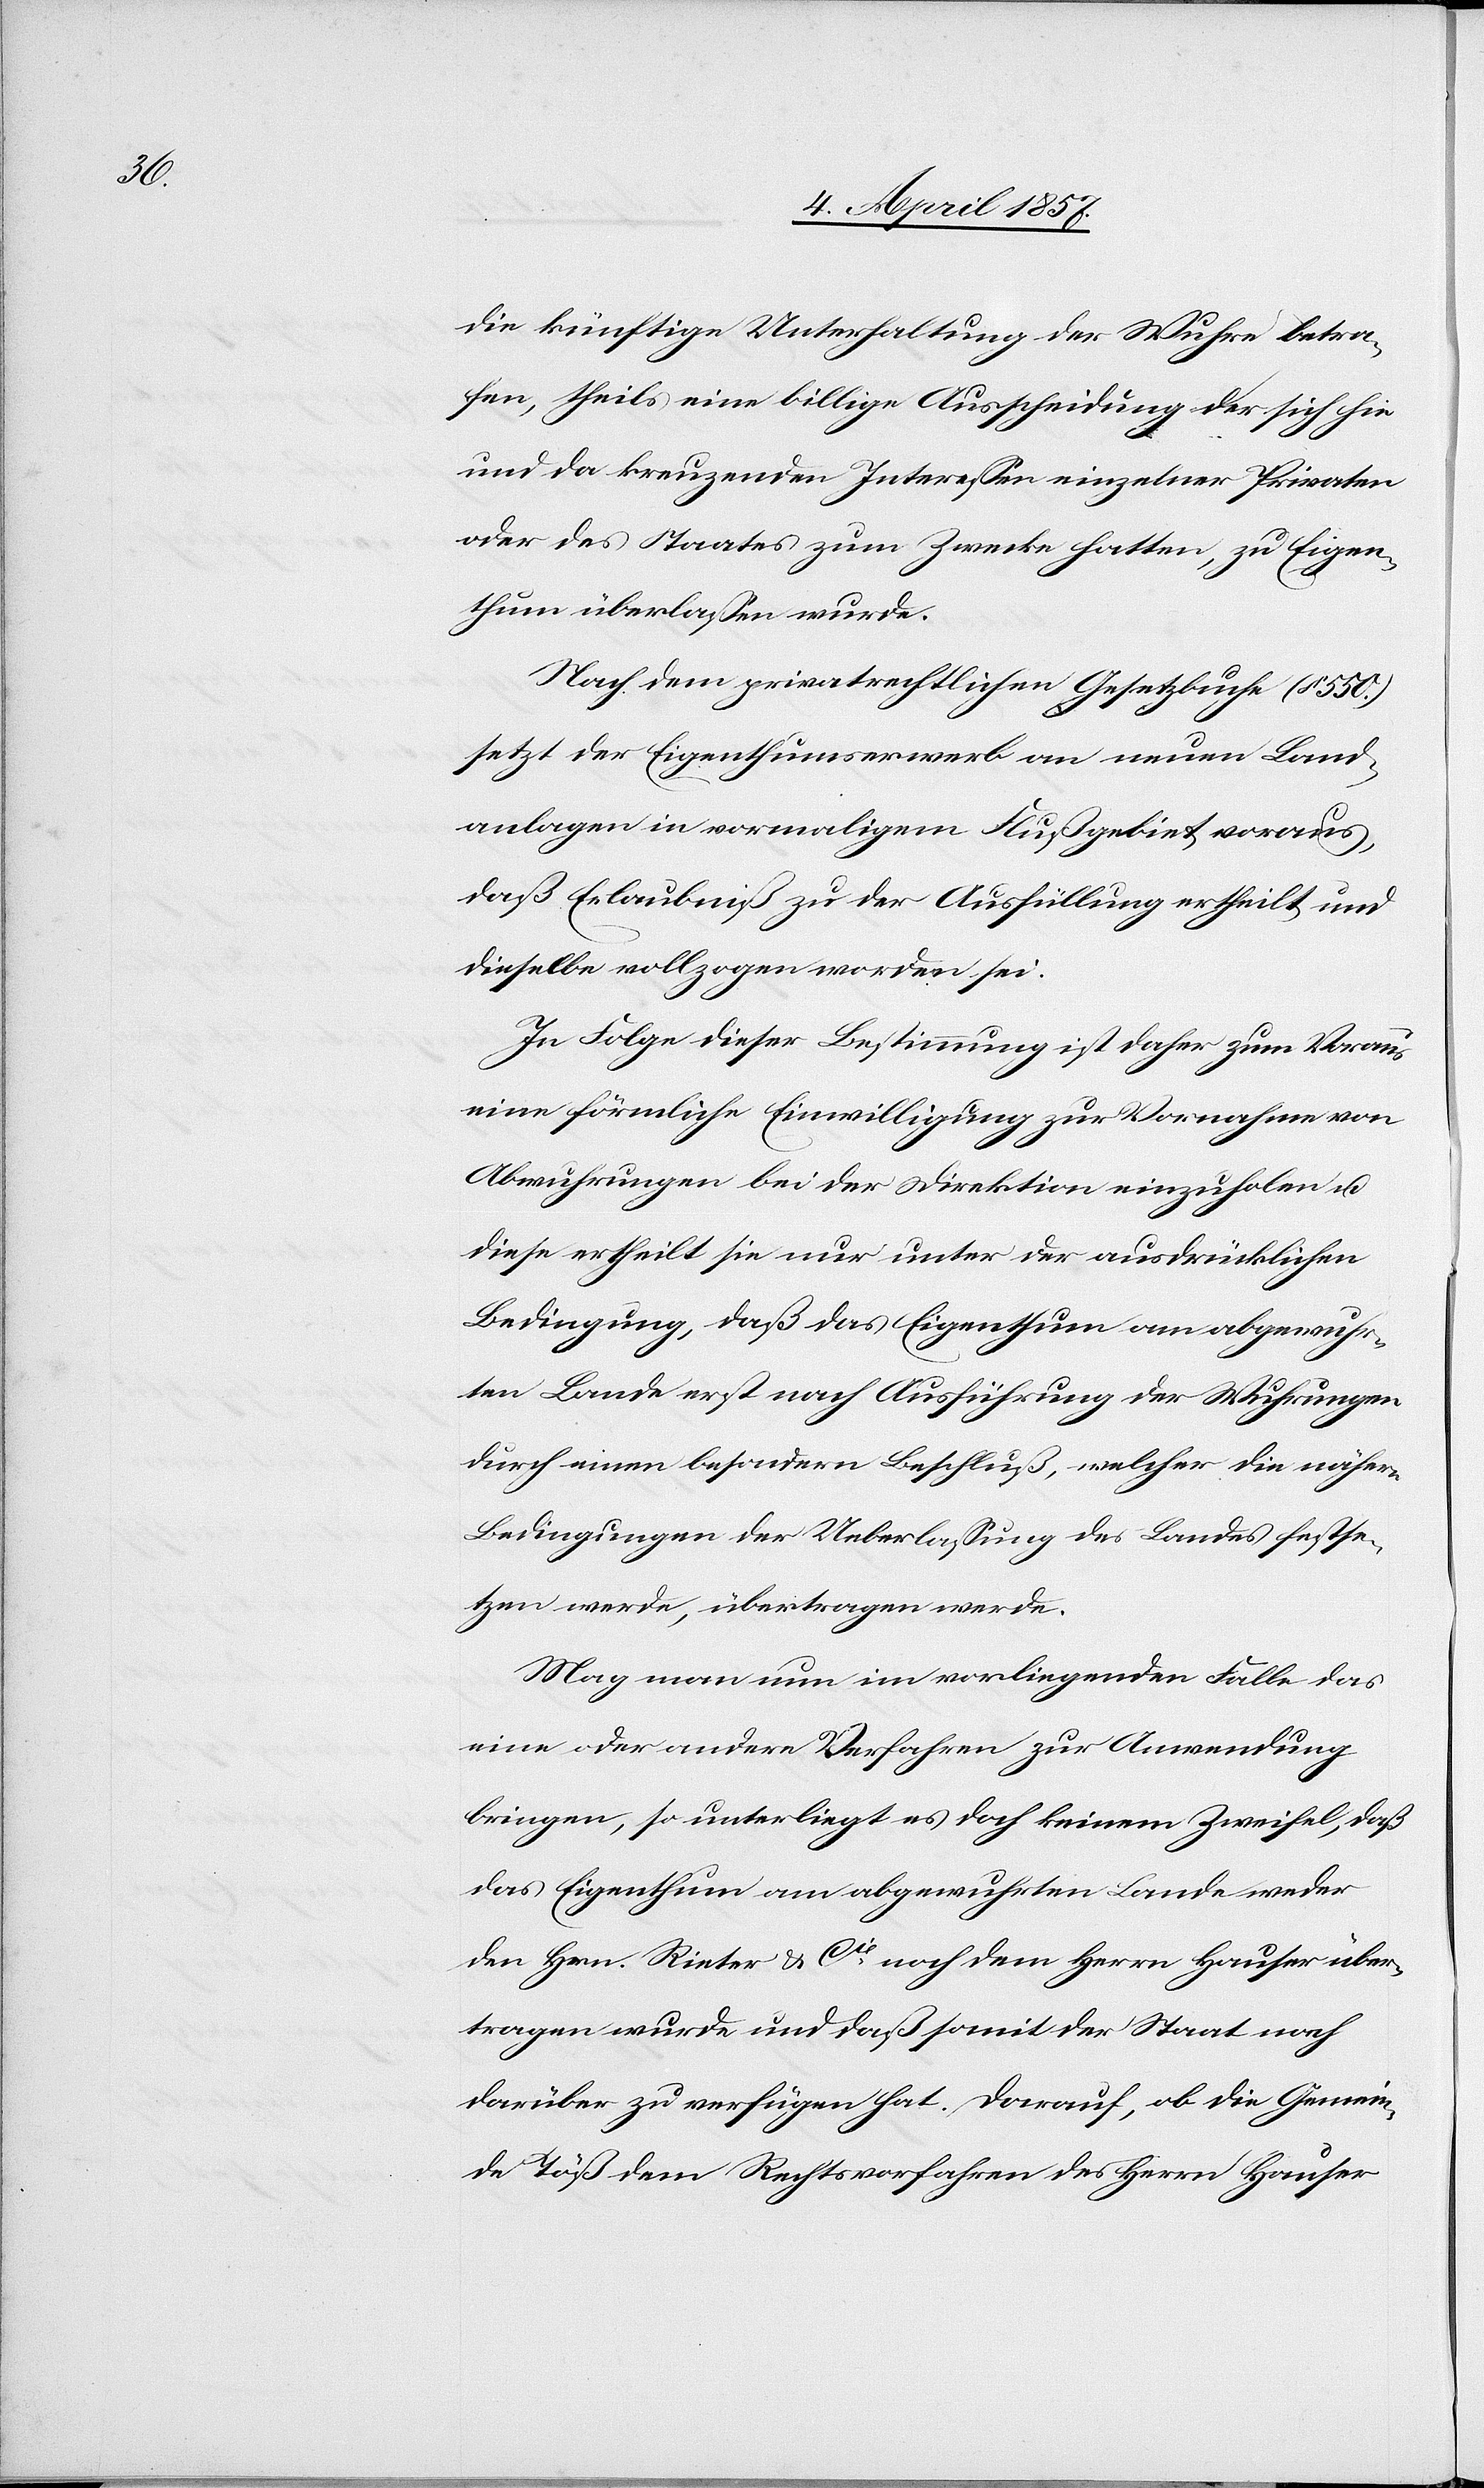
die künftige Unterhaltung der Wuhre betra¬
fen, theils eine billige Ausscheidung der sich hie
und da kreuzenden Interessen einzelner Privaten
oder des Staates zum Zwecke hatten, zu Eigen¬
thum überlassen wurde.
Nach dem privatrechtlichen Gesetzbuche (§ 550.)
setzt der Eigenthumserwerb an neuen Land¬
anlagen in vormaligem Flußgebiet voraus,
daß Erlaubniß zu der Ausfüllung ertheilt und
dieselbe vollzogen worden sei.
In Folge dieser Bestimmung ist daher zum Voraus
eine förmliche Einwilligung zur Vornahme von
Abwuhrungen bei der Direktion einzuholen u.
diese ertheilt sie nur unter der ausdrücklichen
Bedingung, daß das Eigenthum am abgewuhr¬
ten Lande erst nach Ausführung der Wuhrungen
durch einen besondern Beschluß, welcher die nähern
Bedingungen der Ueberlassung des Landes festse¬
tzen werde, übertragen werde.
Mag man nun im vorliegenden Falle das
eine oder andere Verfahren zur Anwendung
bringen, so unterliegt es doch keinem Zweifel, daß
das Eigenthum am abgewuhrten Lande weder
den Hrn. Rieter & Cie noch dem Herrn Hauser über¬
tragen wurde und daß somit der Staat nach
darüber zu verfügen hat. Darauf, ob die Gemein¬
de Töß dem Rechtsvorfahren des Herrn Hauser